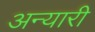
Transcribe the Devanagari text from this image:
अन्यारी